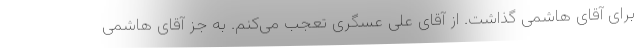
برای آقای هاشمی گذاشت. از آقای علی عسگری تعجب می‌کنم. به جز آقای هاشمی